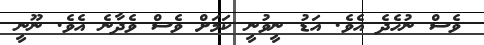
ވެސް ނުހެދެ އެވެ. އަޑު ނީވުނީ ކަމަށް ވެސް ވެދާނެ އެވެ. ނޫނީ